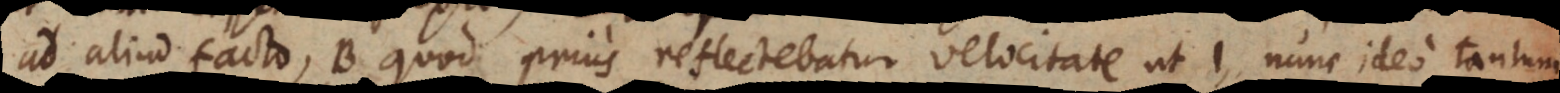
ad aliud facto, B quod prius reflectebatur velocitate ut 1, nunc ideo tantum